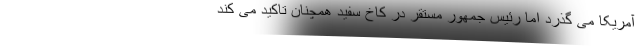
آمریکا می گذرد اما رئیس جمهور مستقر در کاخ سفید همچنان تاکید می کند